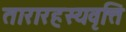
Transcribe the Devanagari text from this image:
तारारहस्यवृत्ति